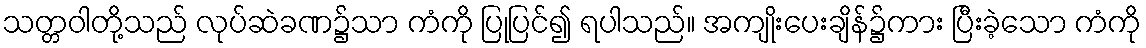
သတ္တဝါတို့သည် လုပ်ဆဲခဏ၌သာ ကံကို ပြုပြင်၍ ရပါသည်။ အကျိုးပေးချိန်၌ကား ပြီးခဲ့သော ကံကို